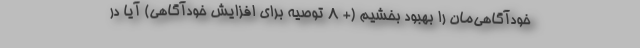
خودآگاهی‌مان را بهبود بخشیم (+ 8 توصیه برای افزایش خودآگاهی) آیا در